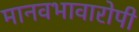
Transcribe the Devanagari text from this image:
मानवभावारोपी